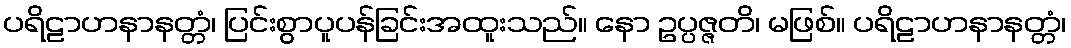
ပရိဠာဟနာနတ္တံ၊ ပြင်းစွာပူပန်ခြင်းအထူးသည်။ နော ဥပ္ပဇ္ဇတိ၊ မဖြစ်။ ပရိဠာဟနာနတ္တံ၊